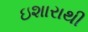
ઇશારાથી